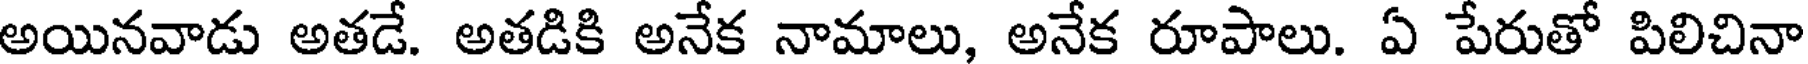
అయినవాడు అతడే. అతడికి అనేక నామాలు, అనేక రూపాలు. ఏ పేరుతో పిలిచినా